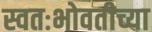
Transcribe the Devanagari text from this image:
स्वतःभोवतीच्या